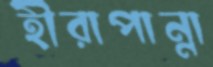
হীরাপান্না